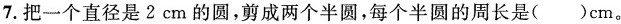
7. 把一个直径是 2 cm的圆，剪成两个半圆，每个半圆的周长是( )cm。